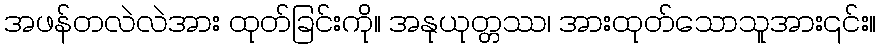
အဖန်တလဲလဲအား ထုတ်ခြင်းကို။ အနုယုတ္တဿ၊ အားထုတ်သောသူအား၎င်း။